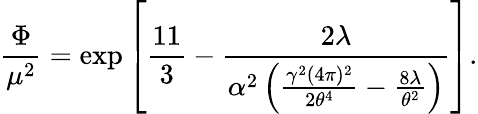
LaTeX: \frac{\Phi}{\mu^{2}}=\exp\left[\frac{11}{3}-\frac{2\lambda}{\alpha^{2}\left(\frac{\gamma^{2}(4\pi)^{2}}{2\theta^{4}}-\frac{8\lambda}{\theta^{2}}\right)}\right].